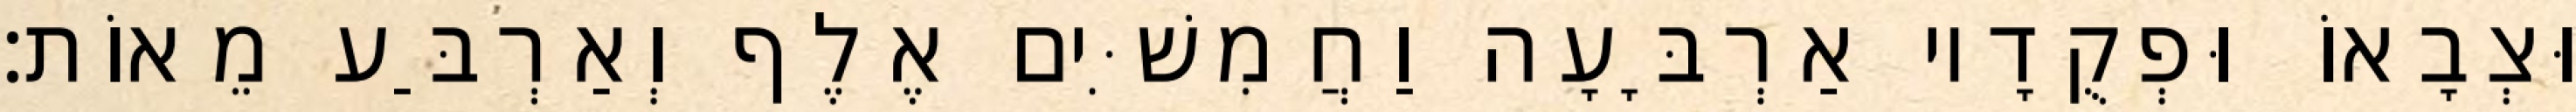
וּצְבָאוֹ וּפְקֻדָיו אַרְבָּעָה וַחֲמִשִּׁים אֶלֶף וְאַרְבַּע מֵאוֹת׃